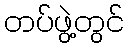
တပ်ဖွဲ့တွင်